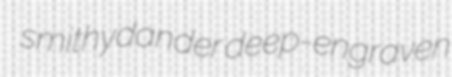
smithydander deep-engraven